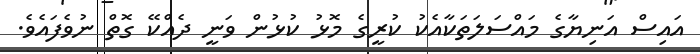
އައިސް އަނިޔާގެ މައްސަލަތަކާއެކު ކުރީގެ މޮޅު ކުޅުން ވަނީ ދެއްކޭ ގޮތް ނުވެފައެވެ.